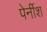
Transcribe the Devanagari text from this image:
पेर्नीश